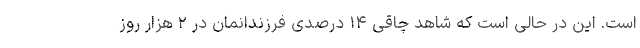
است. این در حالی است که شاهد چاقی ۱۴ درصدی فرزندانمان در ۲ هزار روز